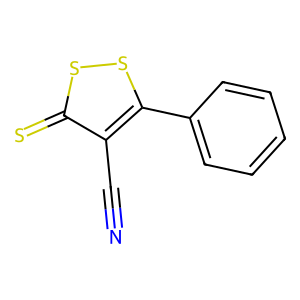
SMILES: N#Cc1c(-c2ccccc2)ssc1=S
Inhibits HIV replication: No